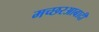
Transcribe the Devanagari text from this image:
मच्छरआबादी